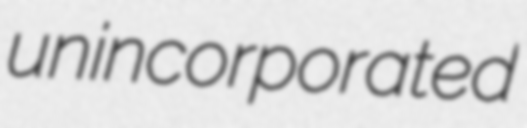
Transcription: unincorporated